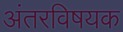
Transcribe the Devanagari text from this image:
अंतरविषयक